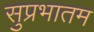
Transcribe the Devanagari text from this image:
सुप्रभातम